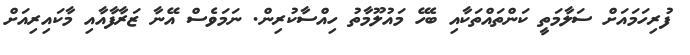
ފުރިހަމައަށް ސަލާމަތީ ކަންތައްތަކާއި ބެހޭ މައުލޫމާތު ހިއްސާކުރިން. ނަމަވެސް އޭނާ ޒަރާފާއާއި މާކައިރިއަށް